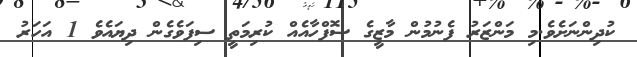
ކުދިންނަށެވެ.މި މަންޒަރު ފެނުމުން މާޒީގެ ސޮފްހާއެއް ކުރިމަތީ ސިފަވެގެން ދިޔައެވެ 1 އަހަރު